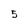
Character: 5